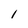
Character: 1